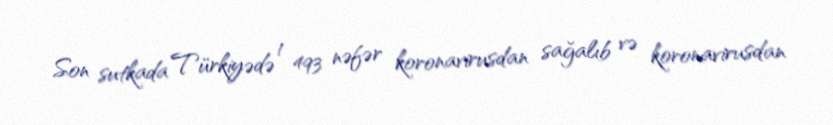
Son sutkada Türkiyədə 1 493 nəfər koronavirusdan sağalıb və koronavirusdan